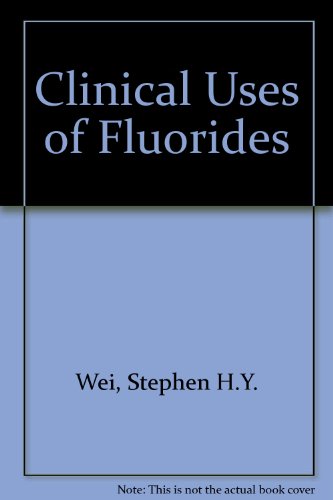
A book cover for Clinical Uses of Fluorides: A State of the Art Conference on the Uses of Fluorides in Clinical Dentistry; Medical Books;